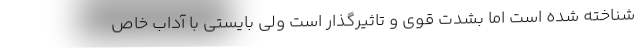
شناخته شده است اما بشدت قوی و تاثیرگذار است ولی بایستی با آداب خاص